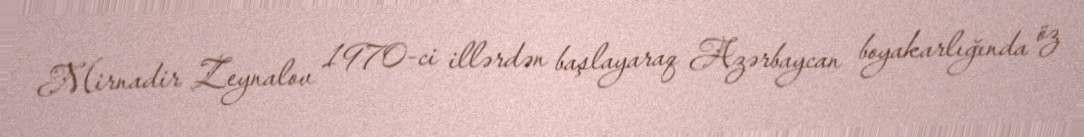
Mirnadir Zeynalov 1970-ci illərdən başlayaraq Azərbaycan boyakarlığında öz